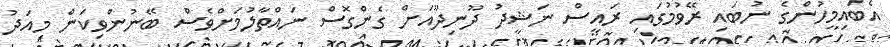
އެބައިމީހުންގެ ނުބައި ރޭވުމުގައި ރައީސް ނަޝީދު ދޫނިދޫއަށް ގެންގޮސް ނައްތާލުމަށްވެސް ބޭނުންވިކަން މިއަދު